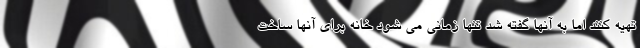
تهیه کنند اما به آنها گفته شد تنها زمانی می شود خانه برای آنها ساخت